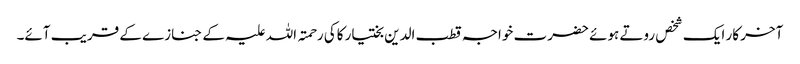
آخر کار ایک شخص روتے ہوئے حضرت خواجہ قطب الدین بختیار کاکی رحمتہ اللہ علیہ کے جنازے کے قریب آئے۔